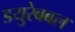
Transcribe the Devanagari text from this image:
डयुरेबबल